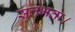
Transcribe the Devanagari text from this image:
सुलभता।